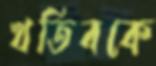
খতিবকে